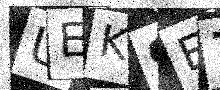
Text: UEK9E7